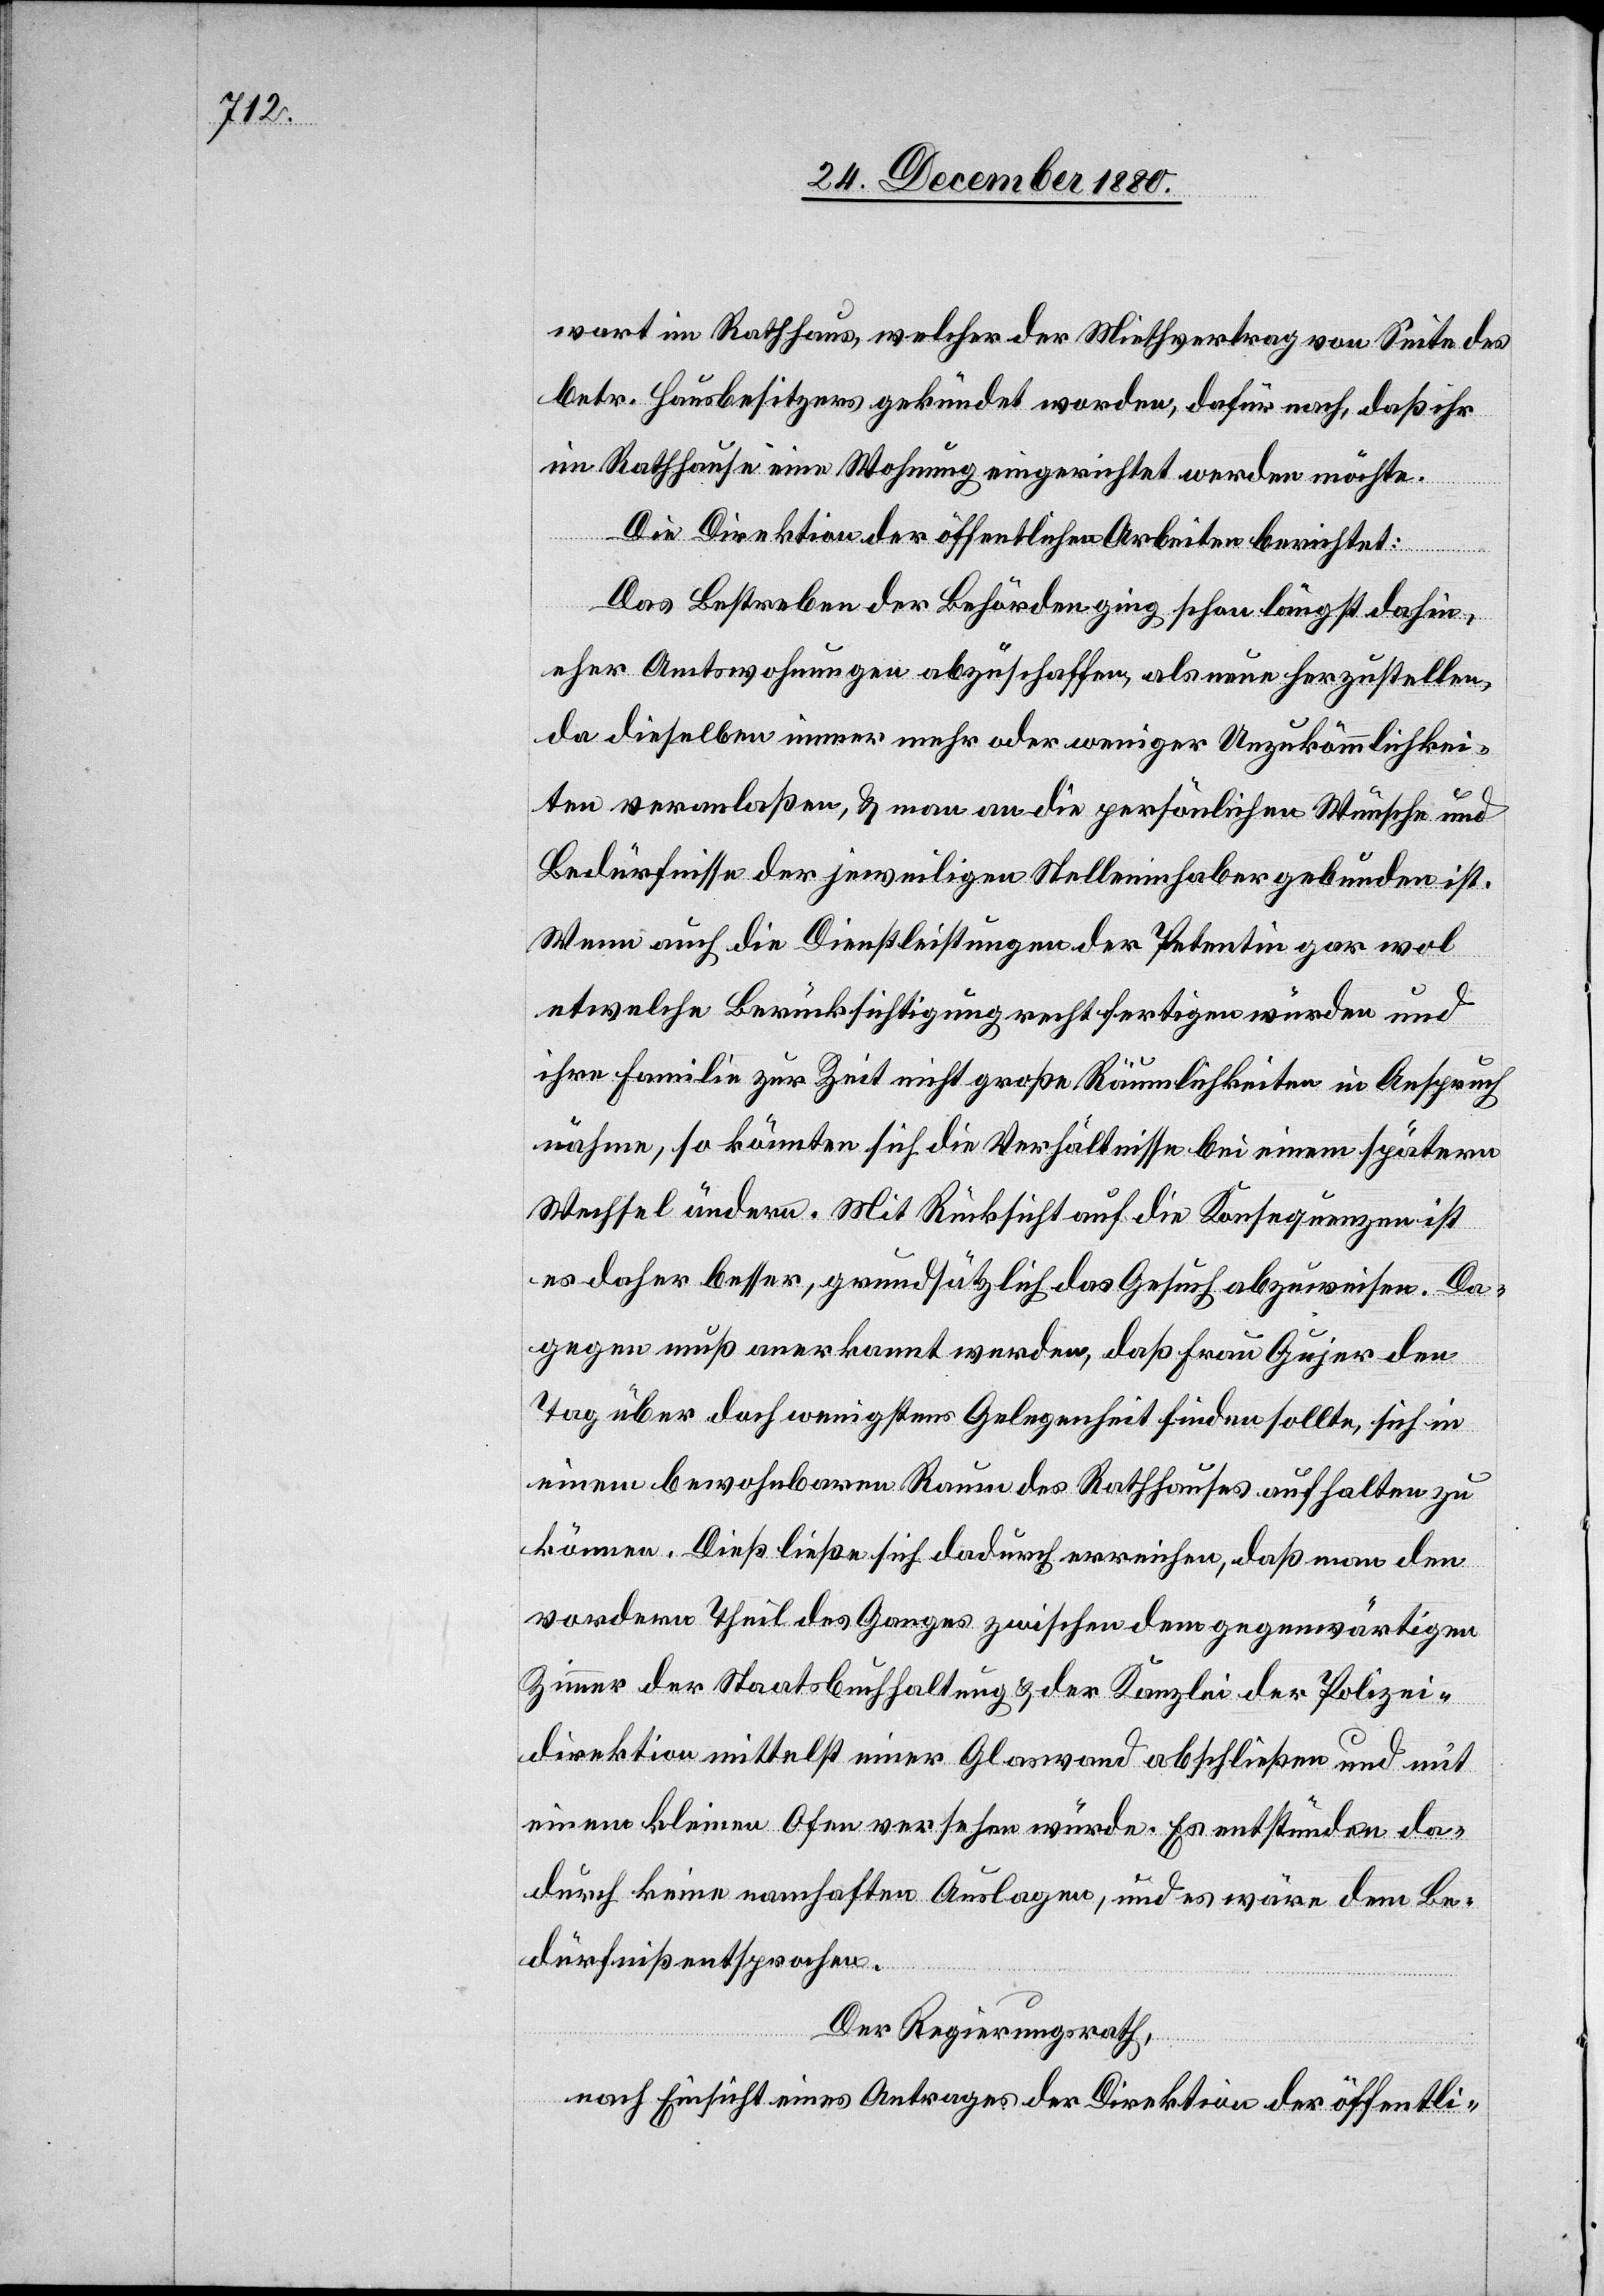
wart im Rathhaus, welcher der Miethvertrag von Seite des
betr. Hausbesitzers gekündet worden, dafür nach, daß ihr
im Rathhaus eine Wohnung eingerichtet werden möchte.
Die Direktion der öffentlichen Arbeiten berichtet:
Das Bestreben der Behörden ging schon längst dahin,
eher Amtswohnungen abzuschaffen, als neue herzustellen,
da dieselben immer mehr oder weniger Unzukömmlichkei¬
ten veranlaßen, & man an die persönlichen Wünsche und
Bedürfnisse der jeweiligen Stelleninhaber gebunden ist.
Wenn auch die Dienstleistungen der Petentin gar wol
etwelche Berücksichtigung rechtfertigen würden und
ihre Familie zur Zeit nicht große Räumlichkeiten in Anspruch
nähme, so könnten sich die Verhältnisse bei einem spätern
Wechsel ändern. Mit Rücksicht auf die Konsequenzen ist
es daher besser, grundsätzlich das Gesuch abzuweisen. Da¬
gegen muß anerkannt werden, daß Frau Gujer den
Tag über doch wenigstens Gelegenheit finden sollte, sich in
einem bewohnbaren Raume des Rathhauses aufhalten zu
können. Dieß ließe sich dadurch erreichen, daß man den
vordern Theil des Ganges zwischen dem gegenwärtigen
Zimmer der Staatsbuchhaltung & der Kanzlei der Polizei¬
direktion mittelst eines Glaswand abschließen und mit
einem kleinen Ofen versehen würde. Es entstünden da¬
durch keine namhaften Auslagen, und es wäre dem Be¬
dürfniß entsprochen.
Der Regierungsrath,
nach Einsicht eines Antrages der Direktion der öffentli-